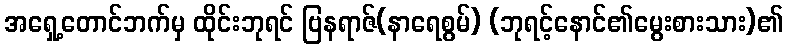
အရှေ့တောင်ဘက်မှ ထိုင်းဘုရင် ဗြနရာဇ်(နာရေစွမ်) (ဘုရင့်နောင်၏မွေးစားသား)၏